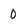
Character: 0